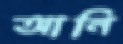
আনি